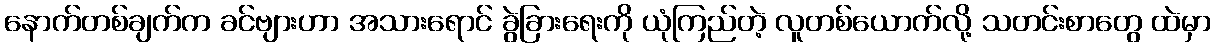
နောက်တစ်ချက်က ခင်ဗျားဟာ အသားရောင် ခွဲခြားရေးကို ယုံကြည်တဲ့ လူတစ်ယောက်လို့ သတင်းစာတွေ ထဲမှာ